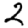
Digit: 2